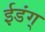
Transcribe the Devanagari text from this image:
ईडंग्